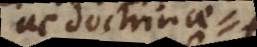
et doctrina